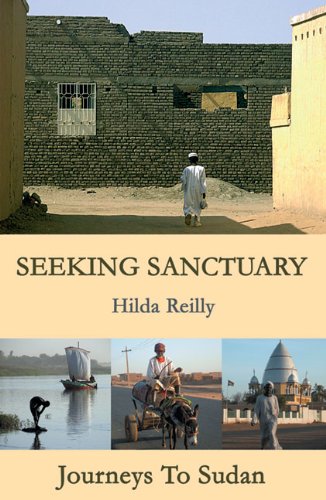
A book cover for Seeking Sanctuary; Hilda Reilly; Travel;